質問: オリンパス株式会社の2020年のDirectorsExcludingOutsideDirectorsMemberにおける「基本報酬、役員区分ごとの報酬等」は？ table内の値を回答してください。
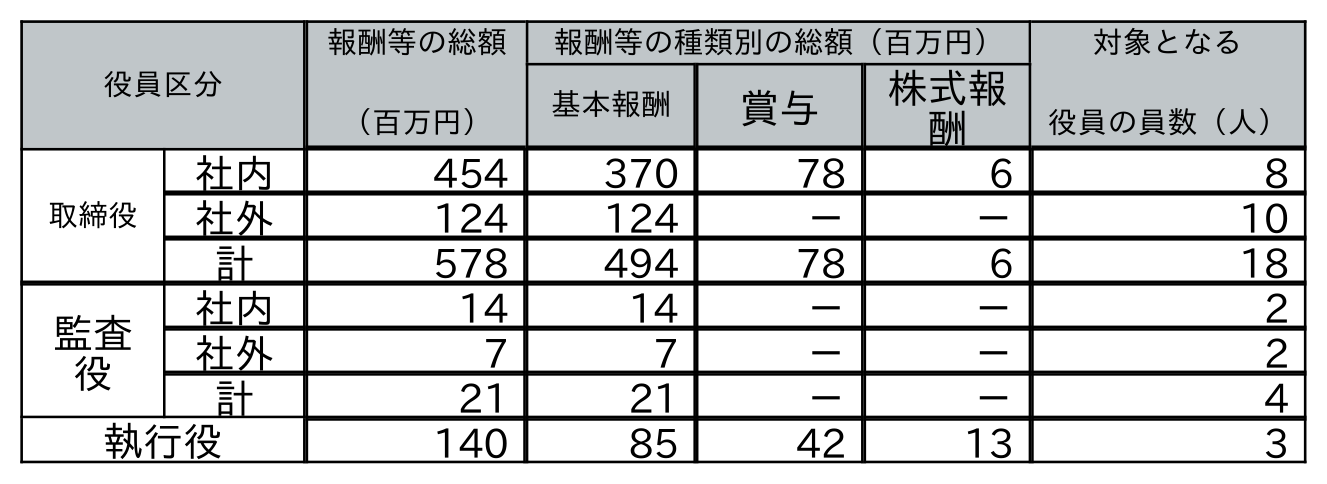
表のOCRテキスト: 役員区分 報酬等の総額 （百万円） 報酬等の種類別の総額（百万円） 対象となる 役員の員数（人） 基本報酬 賞与 株式報 酬 取締役 社内 454 370 78 6 8 社外 124 124 － － 10 計 578 494 78 6 18 監査 役 社内 14 14 － － 2 社外 7 7 － － 2 計 21 21 － － 4 執行役 140 85 42 13 3
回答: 370